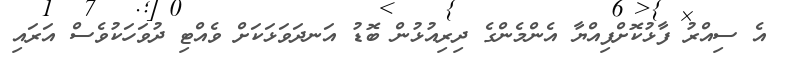
އެ ސިއްރު ފާޅުކޮށްފިއްޔާ އެންމެންގެ ދިރިއުޅުން ބޮޑު އަނދަވަޅަކަށް ވެއްޓި ދުވަހަކުވެސް އަރައި